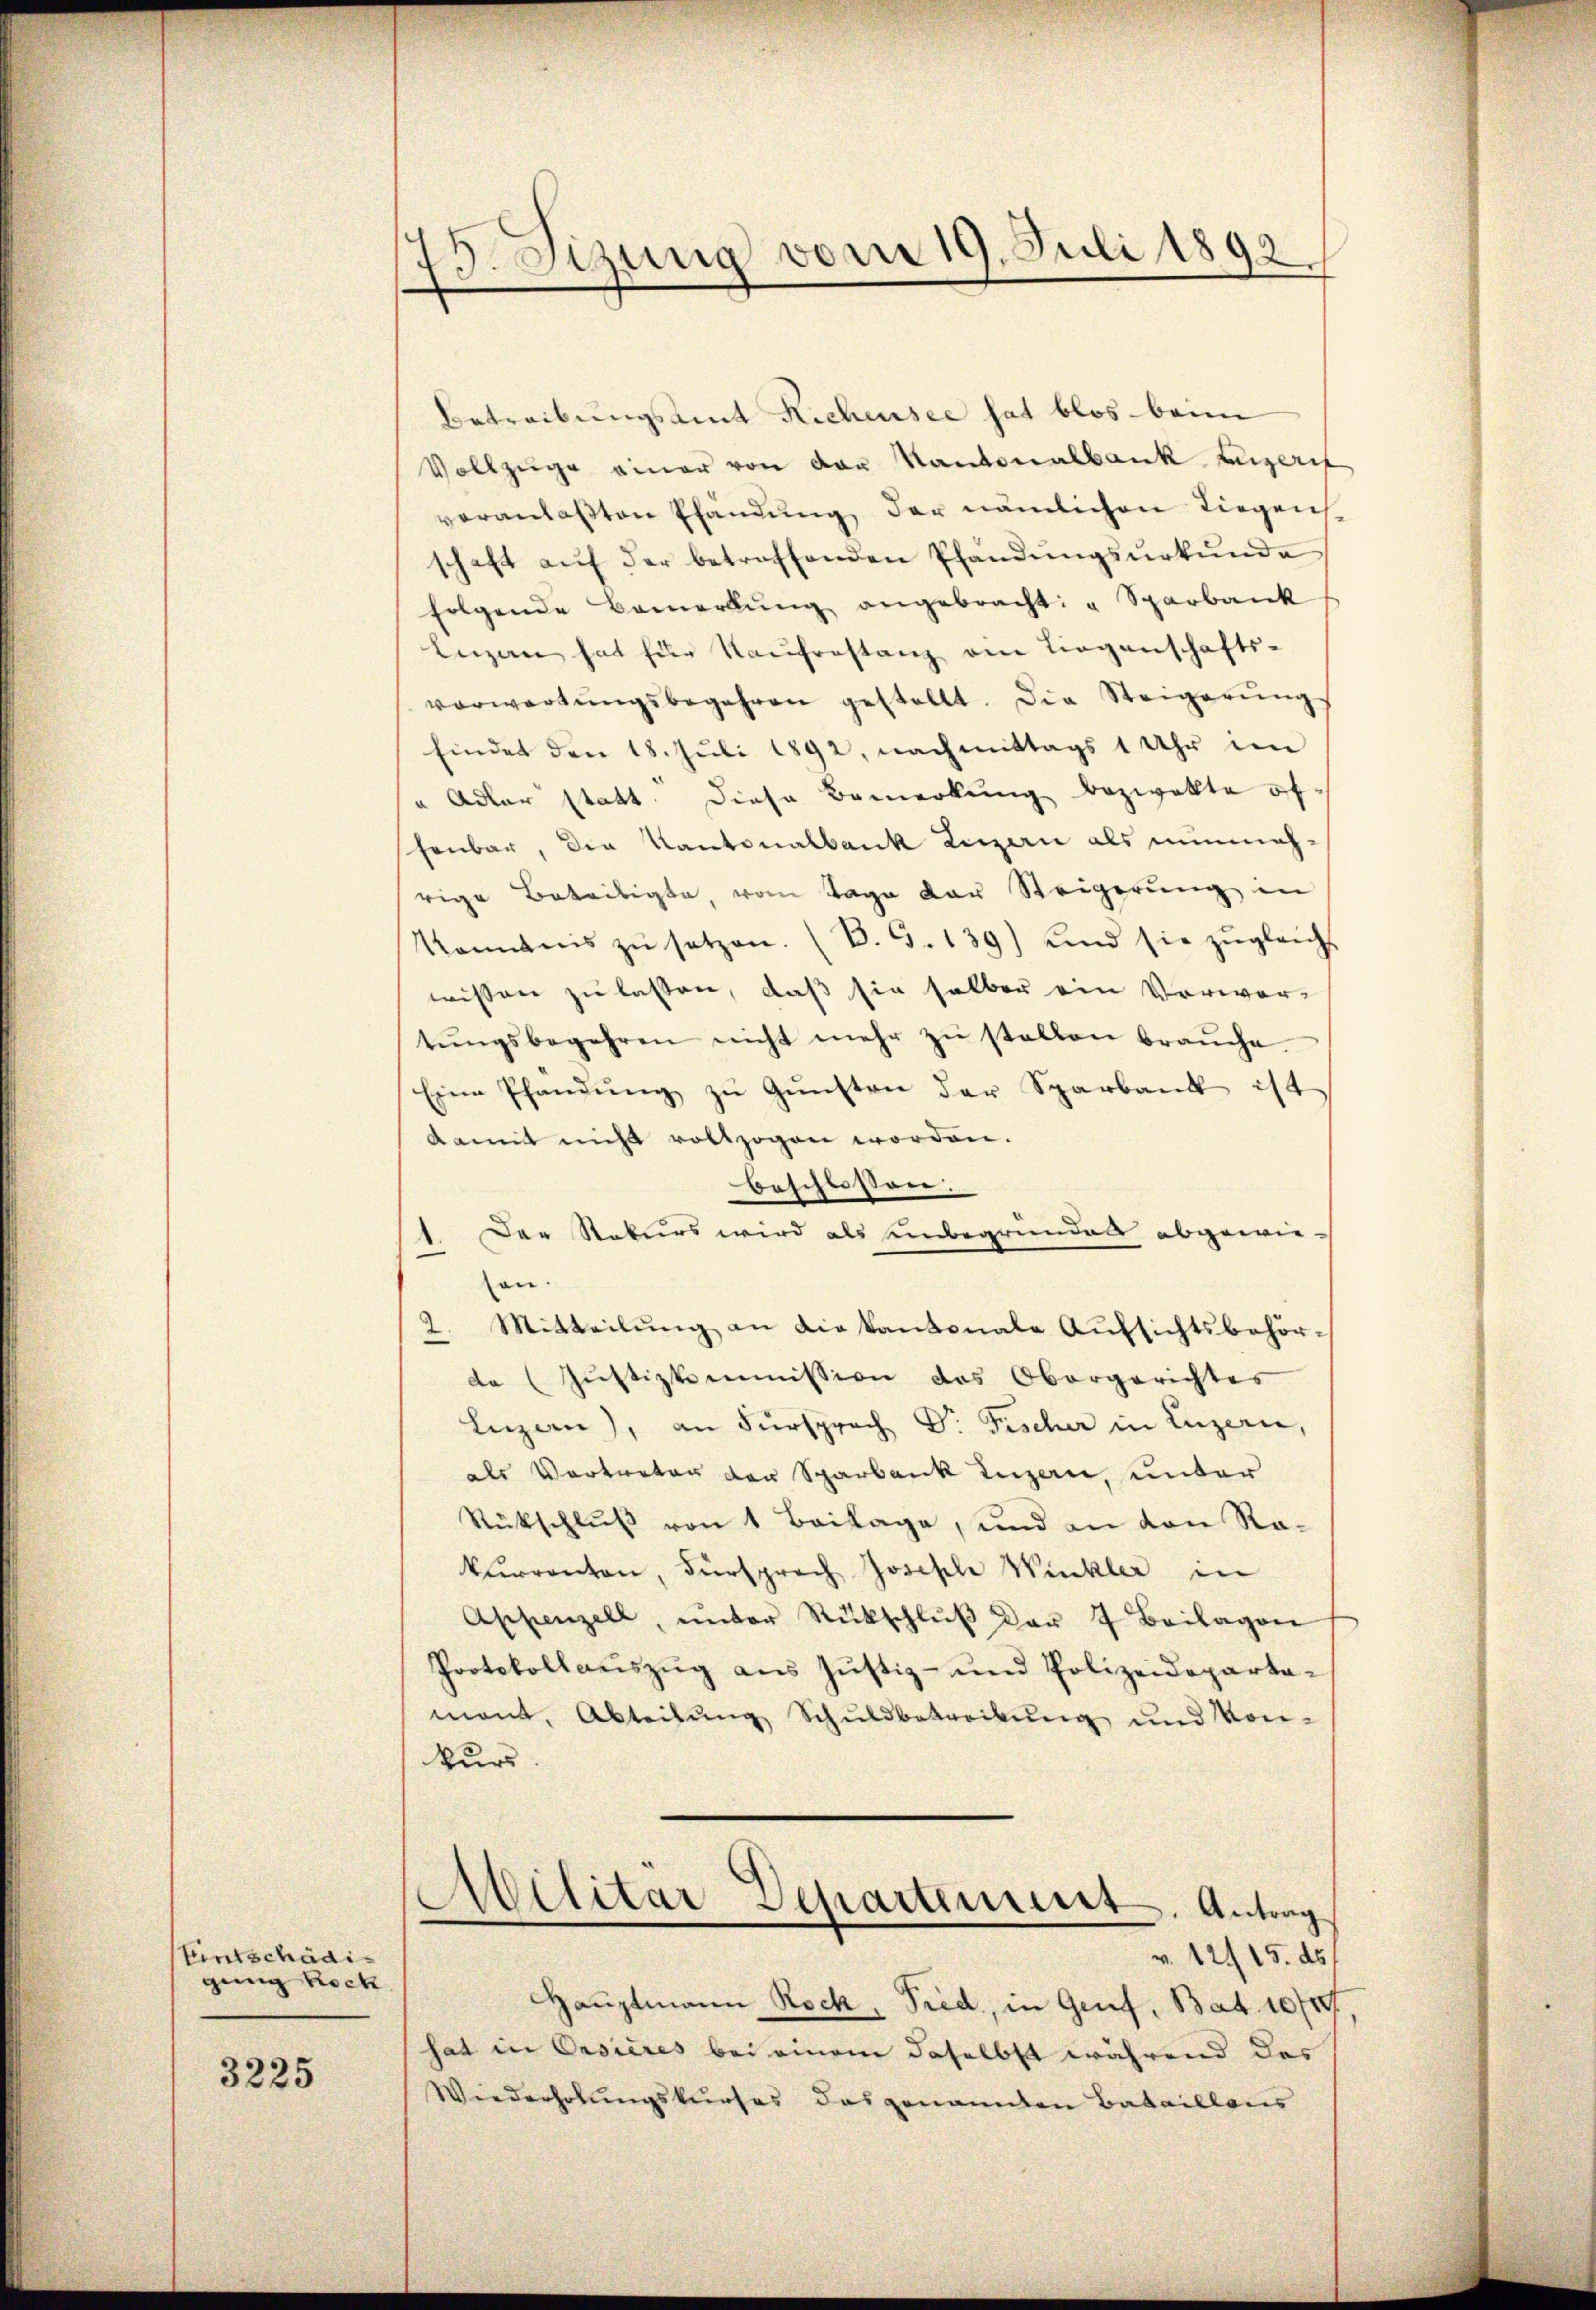
Entschädigung koch
3225

13. Sizung vom 19. Juli 1892

Betreibungsamt Richensee hat blos beim
Vollzüge einer von der Kantonalbank anzeris
veranlaßten Ehändung, der nämlichen Liegen
schaft aŭf der betreffenden Pfandŭngsŭrkŭnde
folgende Bemerkŭng angebracht: " Sparbank
Lizen hat für Kaufrestanz am Liegenschafts-
vorwartŭngsbegehren gestellt. Die Steigerŭngs
findet den 18. Juli 1892, nachmittags 1 Uhr im
" Adler statt. Diese Bemerkung bezwekte öfhenbar, die Kantonalbank Luzern als nunmehrige Beteiligte, vom Tage der Steigerŭng in
Kenntnis zŭ setzen. (B. 5. 139) und sie zŭgleichs
wissen zu lassen, daß sie halber ein Vorwor-
tŭngsbegehren nicht mehr zŭ stellen braŭche
Eine Pfändung zu Gunsten der Sparbank ist
damit nicht vollzogen worden.
beschlossen:
Der Rekurs wird als einbegründels abgewie-
an.
2. Mitteilung an die kantonale Aufsichtsbehörde (Justizkommission des Obergerichtes
Luzern), an Fürsprach Dr. Fischer in Luzern,
als Vortreter der Sparbank anzen, unter
Rückschluß von 1 Beilage, und an den Rakurrenten, Fürsprach Joseph Winkler in
Appenzell, ŭnter Rückschlŭβ der 7. Beilagen
Protokollaŭszŭg aŭs Justiz- und Polizeideparta-
mont, Abteilŭng Schuldbetreibung und Kon-
kurs
Militär Departeniret. Antrag
v. 12. 15. ds.
Hauptmann Rock, Pred, in Genf, Bat. 1071
hat in Orsieres bei einem daselbst während das
Wiederholungskurses das genannten Bataillons